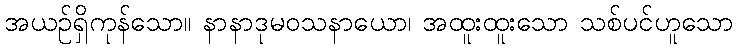
အယဉ်ရှိကုန်သော။ နာနာဒုမဝသနာယော၊ အထူးထူးသော သစ်ပင်ဟူသော